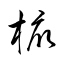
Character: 椨